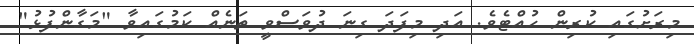
މިރަށުގައި ކުރިން ހުއްޓެވެ. އަދި މިފަދަ ގިނަ ދުވަސްވީ ތަނެއް ކަމުގައިވާ "މަގާންފުޅު"